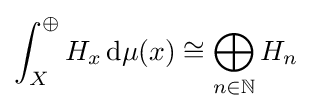
\int _{X}^{\oplus }H_{x}\,\mathrm {d} \mu (x)\cong \bigoplus _{n\in \mathbb {N} }H_{n}